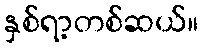
နှစ်ရာ့တစ်ဆယ်။